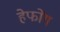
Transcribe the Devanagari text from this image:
हेफोंग